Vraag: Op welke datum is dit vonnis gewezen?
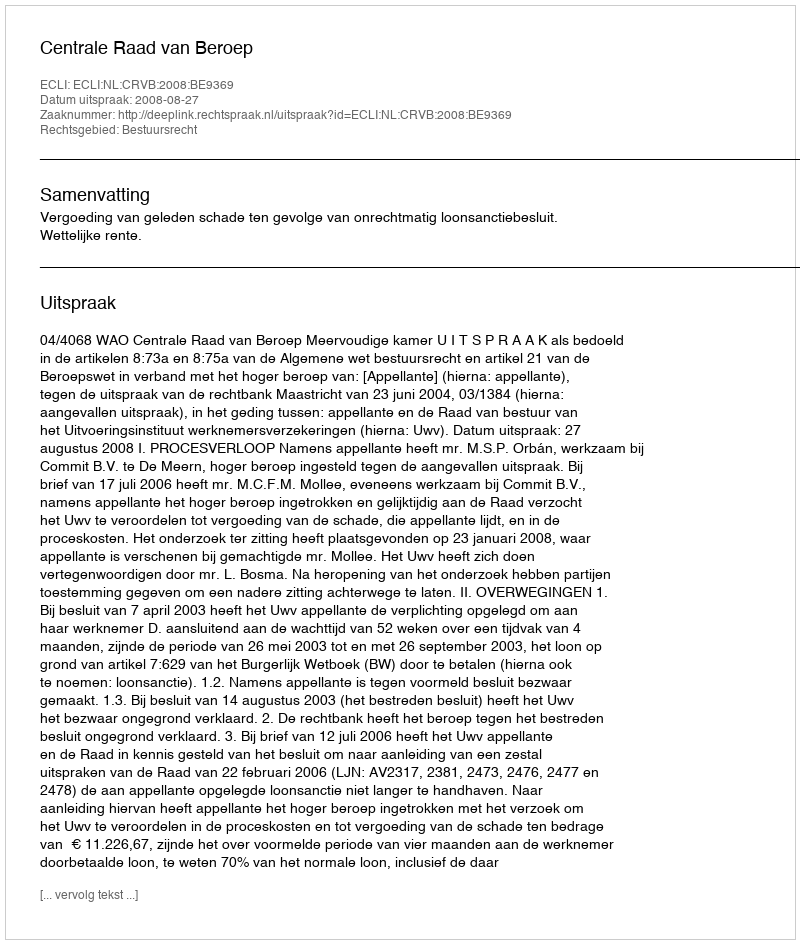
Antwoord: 2008-08-27